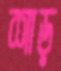
শাড়